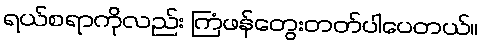
ရယ်စရာကိုလည်း ကြံဖန်တွေးတတ်ပါပေတယ်။